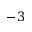
- 3